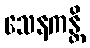
သေနကန္တိ